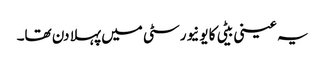
یہ عینی بیٹی کا یونیورسٹی میں پہلا دن تھا۔